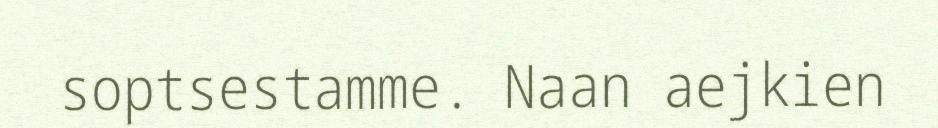
soptsestamme. Naan aejkien